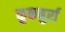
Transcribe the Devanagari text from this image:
कूकबुर्रा